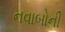
નવાબોની